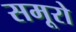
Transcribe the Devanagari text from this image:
समूरो